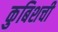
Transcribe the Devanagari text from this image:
कुबिशची